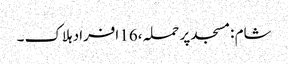
شام :مسجد پر حملہ ،16 افراد ہلاک ۔